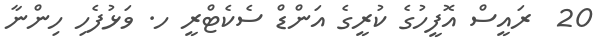
20  ރައީސް އޮފީހުގެ ކުރީގެ އަންޑް ސެކެޓްރީ ހ. ވަޅުފެހި ހިންނާ